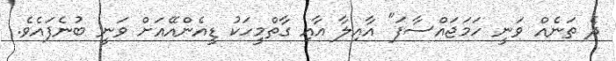
ދެ ތަނެއް ވަނީ ހަމަޖައްސާފަ" އާއިލާ އާއި ގާތްމީހަކު ޑީއެންއޭއަށް ވަނީ ބުނެފައެވެ.